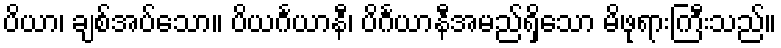
ပိယာ၊ ချစ်အပ်သော။ ပိယင်္ဂယာနီ၊ ပိင်္ဂယာနီအမည်ရှိသော မိဖုရားကြီးသည်။